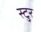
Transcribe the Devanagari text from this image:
स्टुर